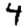
Digit: 4